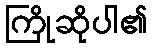
ကြိုဆိုပါ၏